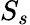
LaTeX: S_{s}